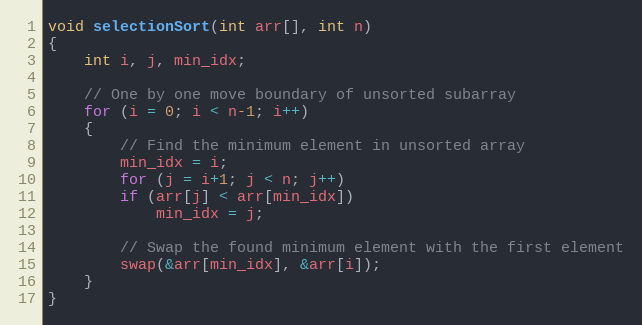
Language: C++
void selectionSort(int arr[], int n)
{
	int i, j, min_idx;

	// One by one move boundary of unsorted subarray
	for (i = 0; i < n-1; i++)
	{
		// Find the minimum element in unsorted array
		min_idx = i;
		for (j = i+1; j < n; j++)
		if (arr[j] < arr[min_idx])
			min_idx = j;

		// Swap the found minimum element with the first element
		swap(&arr[min_idx], &arr[i]);
	}
}